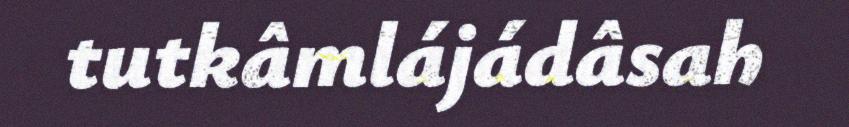
tutkâmlájádâsah